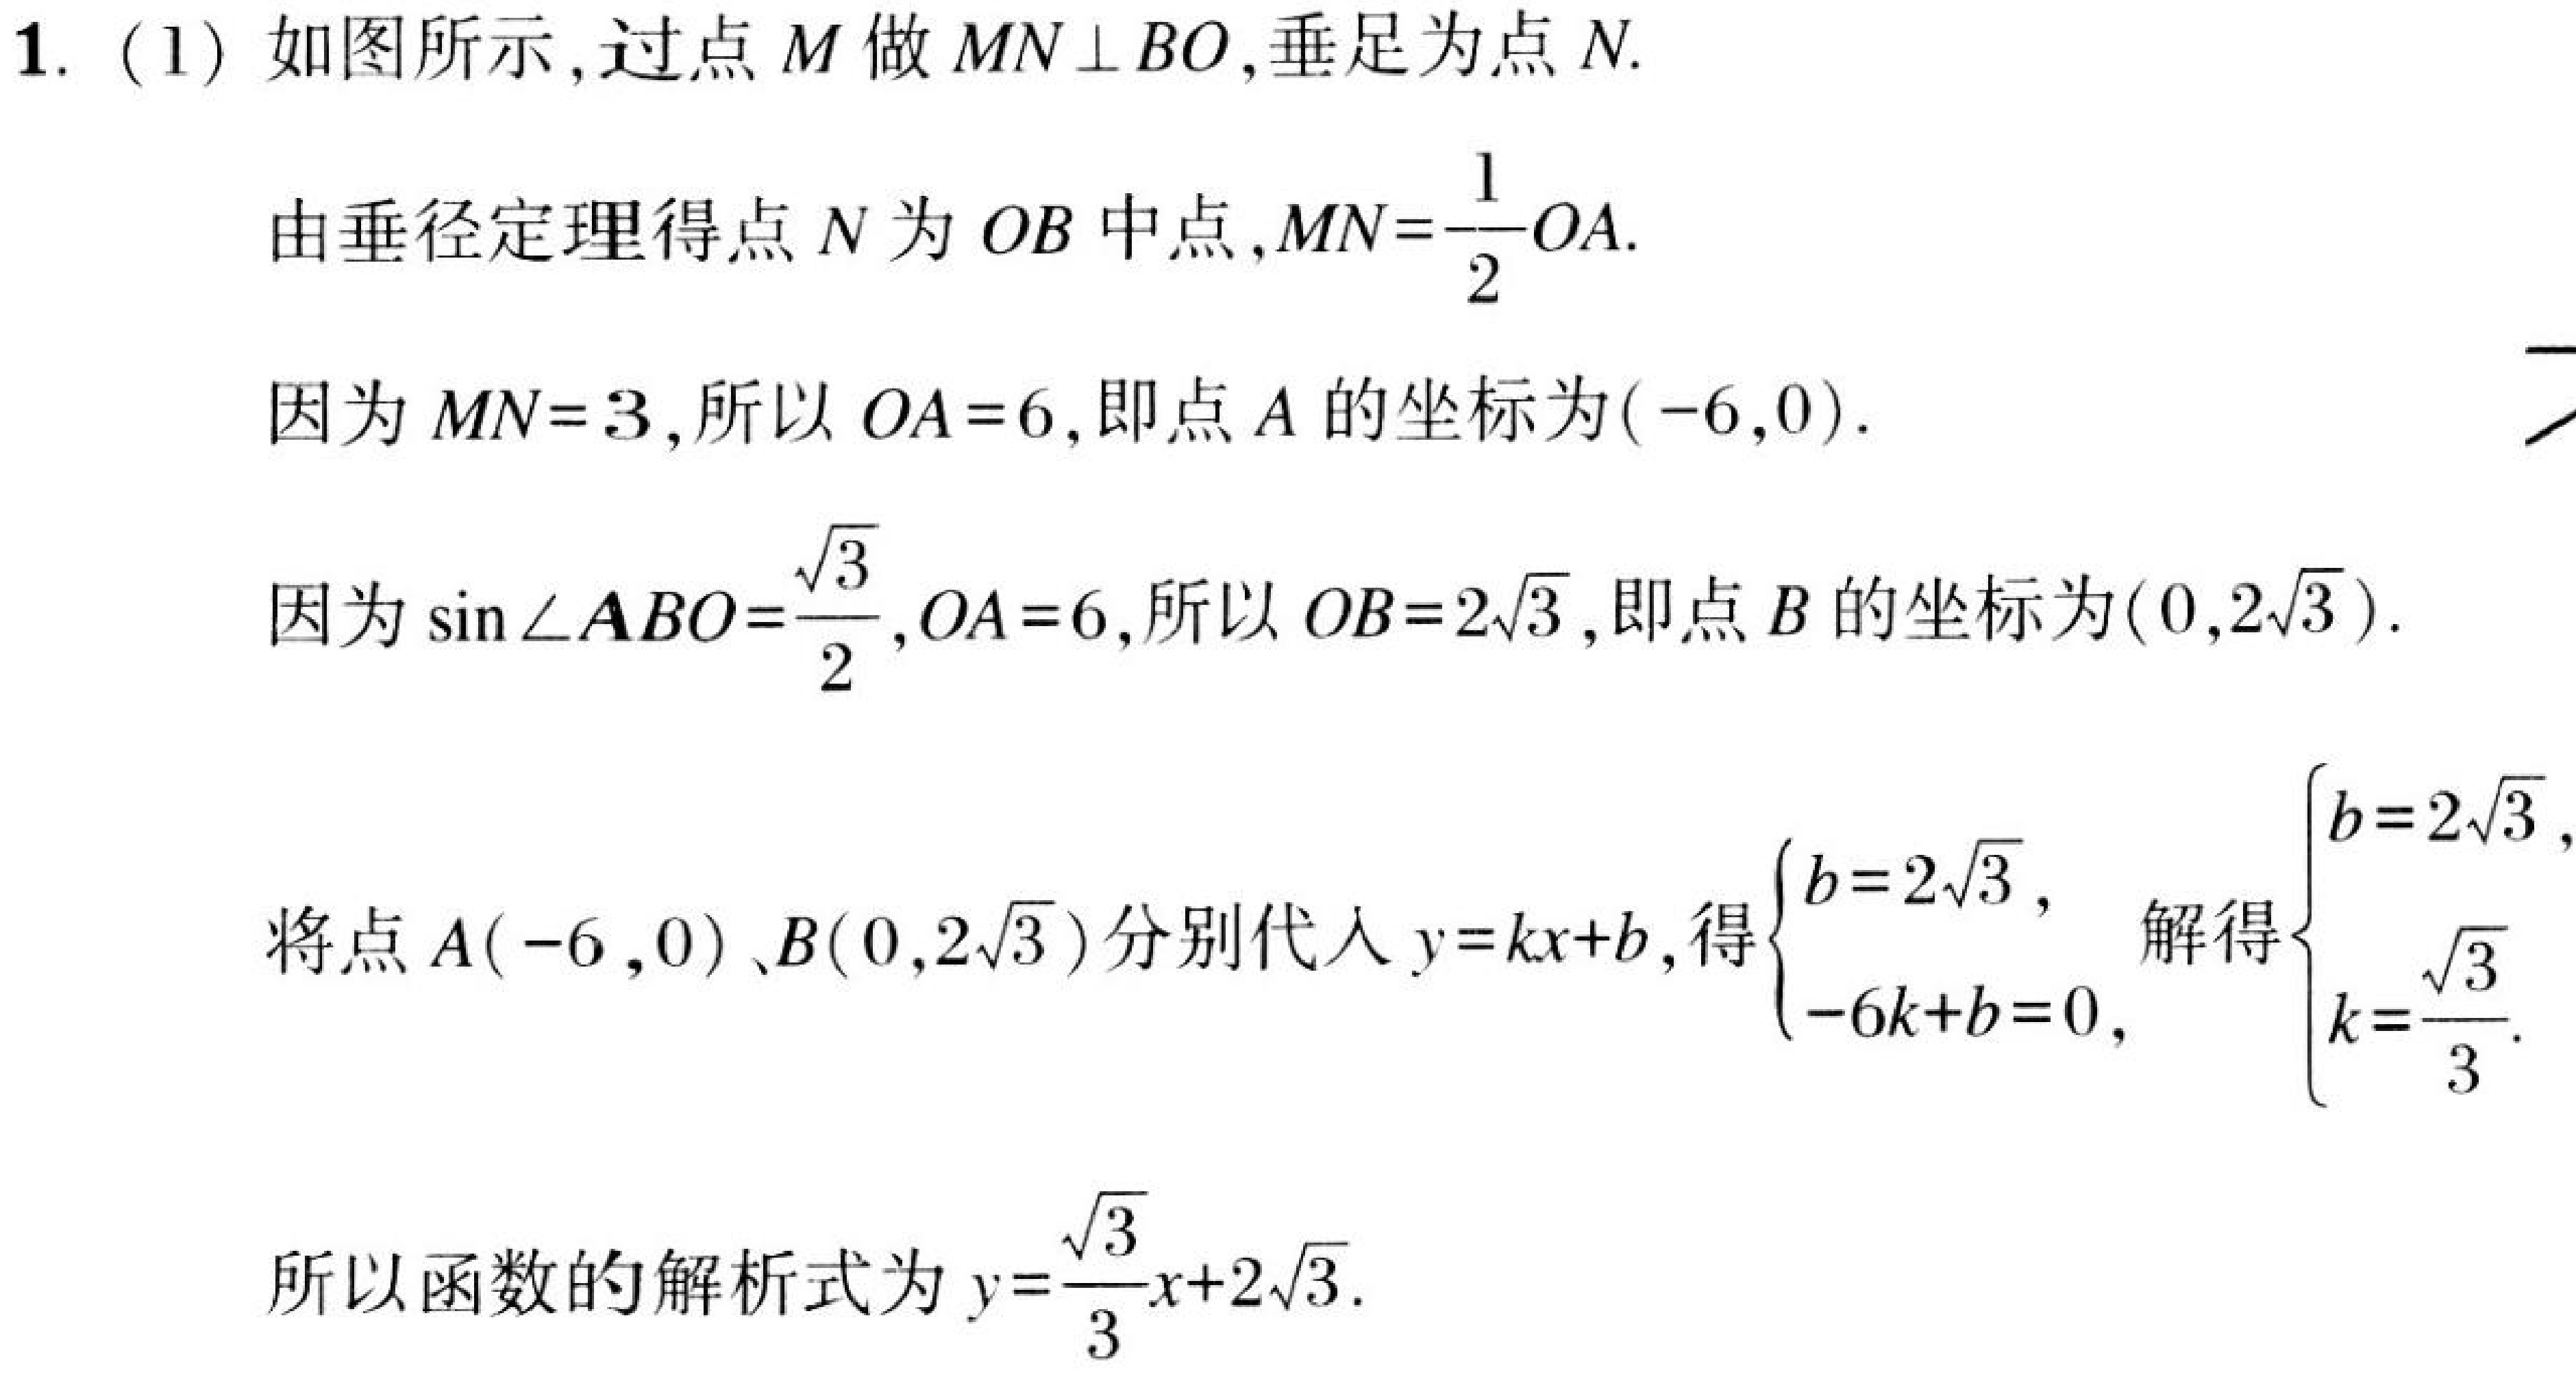
1.（1）如图所示，过点\(M\)做\(MN\perp BO\)，垂足为点\(N\).
由垂径定理得点\(N\)为\(OB\)中点，\(MN = \frac{1}{2}OA\).
因为\(MN = 3\)，所以\(OA = 6\)，即点\(A\)的坐标为\((-6,0)\).
因为\(\sin\angle ABO=\frac{\sqrt{3}}{2},OA = 6\)，所以\(OB = 2\sqrt{3}\)，即点\(B\)的坐标为\((0,2\sqrt{3})\).
将点\(A(-6,0)\)、\(B(0,2\sqrt{3})\)分别代入\(y = kx + b\)，得\(\begin{cases}b = 2\sqrt{3},\\-6k + b = 0,\end{cases}\) 解得\(\begin{cases}b = 2\sqrt{3},\\k=\frac{\sqrt{3}}{3}.\end{cases}\)
所以函数的解析式为\(y=\frac{\sqrt{3}}{3}x + 2\sqrt{3}\).